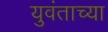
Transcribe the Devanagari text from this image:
युवंताच्या